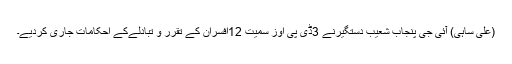
(علی ساہی) آئی جی پنجاب شعیب دستگیرنے 3ڈی پی اوز سمیت 12افسران کے تقرر و تبادلےکے احکامات جاری کردیے۔